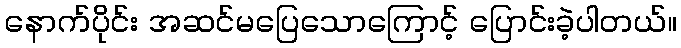
နောက်ပိုင်း အဆင်မပြေသောကြောင့် ပြောင်းခဲ့ပါတယ်။